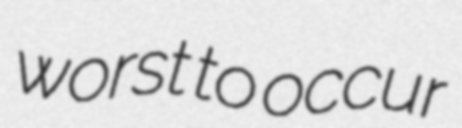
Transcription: worst to occur